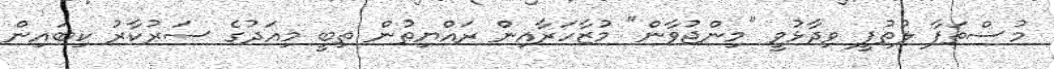
މުސްތަފާ ލުތުފީ ވިދާޅުވީ "މިންޖުވާން" މުޒާހަރާއިން ރައްޔިތުން ތިބީ މިއަދުގެ ސަރުކާރު ކިބައިން